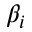
\beta _ { i }